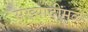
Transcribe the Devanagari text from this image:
संख्यादींमुळे